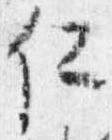
仁